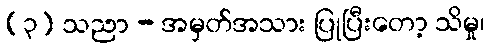
(၃) သညာ - အမှတ်အသား ပြုပြီးတော့ သိမှု၊